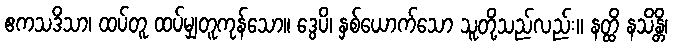
ဧကသဒိသာ၊ ထပ်တူ ထပ်မျှတူကုန်သော။ ဒွေပိ၊ နှစ်ယောက်သော သူတို့သည်လည်း။ နတ္ထိ နသိန္တိ၊